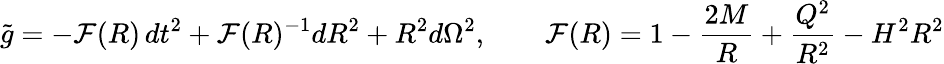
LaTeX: \tilde{g}=-{\cal F}(R)\, dt^{2}+{\cal F}(R)^{-1}dR^{2}+R^{2}d\Omega^{2},\qquad{\cal F}(R)=1-\frac{2M}{R}+\frac{Q^{2}}{R^{2}}-H^{2}R^{2}